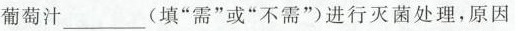
葡萄汁___(填"需”或”不需”)进行灭菌处理，原因